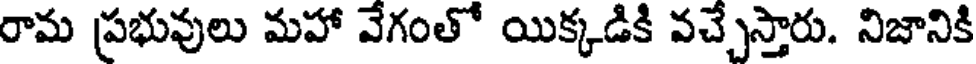
రామ ప్రభువులు మహా వేగంతో యిక్కడికి వచ్చేస్తారు. నిజానికి